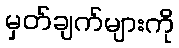
မှတ်ချက်များကို